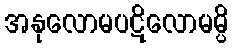
အနုလောမပဋိလောမမ္ပိ